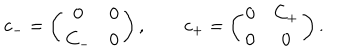
c _ { - } = \left( \begin{array} { c c } { { 0 } } & { { 0 } } \\ { { C _ { - } } } & { { 0 } } \\ \end{array} \right) , \qquad c _ { + } = \left( \begin{array} { c c } { { 0 } } & { { C _ { + } } } \\ { { 0 } } & { { 0 } } \\ \end{array} \right) .